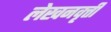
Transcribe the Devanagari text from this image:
लेखनवृत्ती